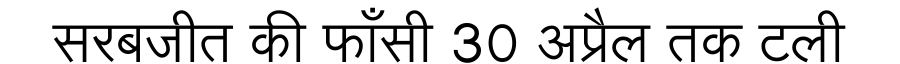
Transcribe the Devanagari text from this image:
सरबजीत की फाँसी 30 अप्रैल तक टली